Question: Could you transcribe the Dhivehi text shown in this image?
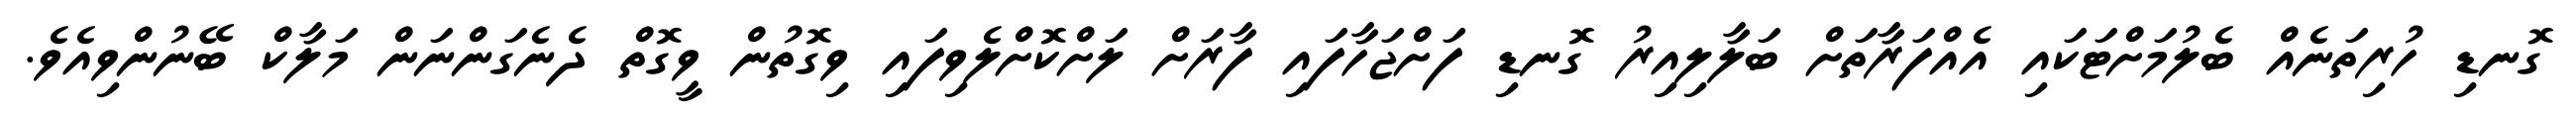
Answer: ގޮނޑި ހުރިތަނެއް ބެލުމަށްޓަކައި އެއްފަރާތަށް ބަލާލިއިރު ގޮނޑި ފަށްޖަހާފައި ފާރަށް ލަށްކޮށްލެވިފައި ވިގޮތުން ވީގޮތް ދެނެގަންނަން މަލާކް ބޭނުންވިއެވެ.